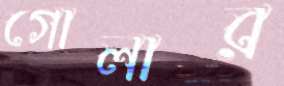
গোলার